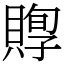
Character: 賯